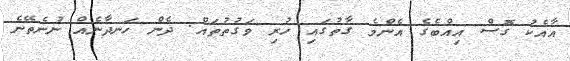
އާއެކު ގޮސް އިއްބެގެ އެންމެ ގާތުގައި ހުރި ވަގުތުތައް. ދެން ހަނދާނެއް ނުނެތޭނެ